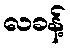
လခန့်